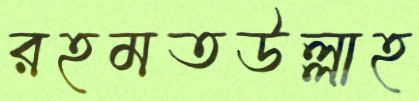
রহমতউল্লাহ